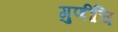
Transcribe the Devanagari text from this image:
गुणींचि